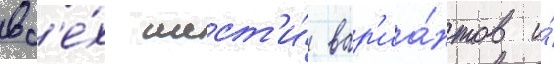
вс'е́х шест'и́ вар'иа́нтов и́